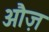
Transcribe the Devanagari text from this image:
औज़